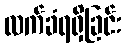
လက်ခံရရှိခြင်း